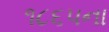
૧૮૬૫ના